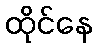
ထိုင်နေ